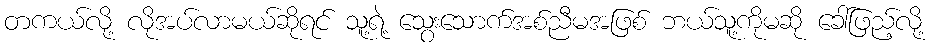
တကယ်လို့ လိုအပ်လာမယ်ဆိုရင် သူ့ရဲ့ သွေးသောက်အစ်ညီမအဖြစ် ဘယ်သူ့ကိုမဆို ခေါ်ဖြည့်လို့